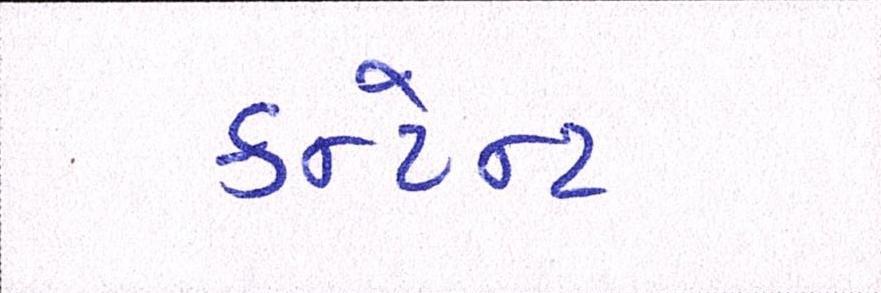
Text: કન્ટેન્ટ